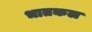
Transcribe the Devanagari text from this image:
भातकल